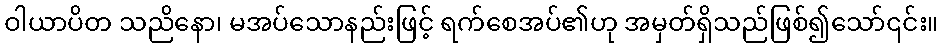
ဝါယာပိတ သညိနော၊ မအပ်သောနည်းဖြင့် ရက်စေအပ်၏ဟု အမှတ်ရှိသည်ဖြစ်၍သော်၎င်း။